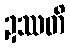
ဍဿတိ